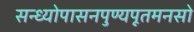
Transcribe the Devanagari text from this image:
सन्ध्योपासनपुण्यपूतमनसो